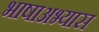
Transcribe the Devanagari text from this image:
भाषाअभ्यास